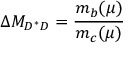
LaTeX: \Delta M _ { D ^ { * } D } = { \frac { m _ { b } ( \mu ) } { m _ { c } ( \mu ) } }